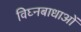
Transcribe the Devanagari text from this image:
विघ्नबाधाओं